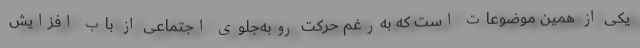
یکی از همین موضوعات است که به‌رغم حرکت روبه‌جلوی اجتماعی از باب افزایش